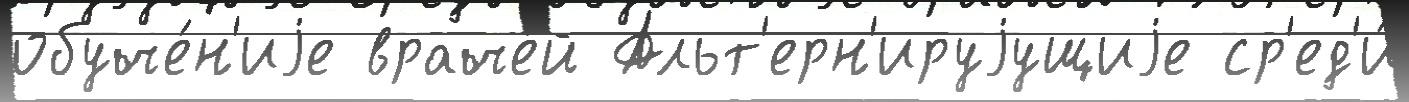
обуче́н'иjе враче́й Альт'ерн'ируjущиjе ср'ед'и́